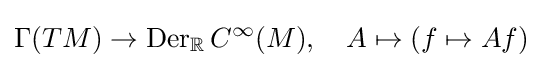
\Gamma (TM)\to \operatorname {Der} _{\mathbb {R} }C^{\infty }(M),\quad A\mapsto (f\mapsto Af)